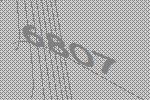
6807